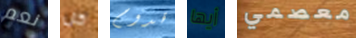
نعم كل قدوم أيها معصمي